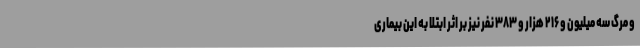
و مرگ سه میلیون و ۲۱۶ هزار و ۳۸۳ نفر نیز بر اثر ابتلا به این بیماری